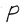
Character: P